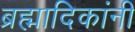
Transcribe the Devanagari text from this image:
ब्रह्मादिकांनी